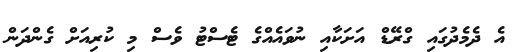
އެ ދެމެދުގައި ގްރޭޑް އަށަކާއި ނުވައެއްގެ ޓެސްޓު ވެސް މި ކުރިއަށް ގެންދަން